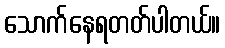
သောက်နေရတတ်ပါတယ်။